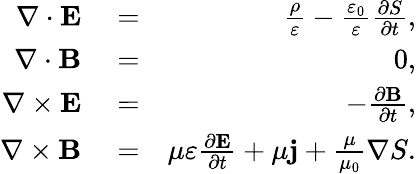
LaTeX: \begin{array}{rlr}{\nabla\cdot\mathbf{E}}&{{}=}&{\frac{\rho}{\varepsilon}-\frac{\varepsilon_{0}}{\varepsilon}\frac{\partial S}{\partial t},}\\ {\nabla\cdot\mathbf{B}}&{{}=}&{0,}\\ {\nabla\times\mathbf{E}}&{{}=}&{-\frac{\partial\mathbf{B}}{\partial t},}\\ {\nabla\times\mathbf{B}}&{{}=}&{\mu\varepsilon\frac{\partial\mathbf{E}}{\partial t}+\mu\mathbf{j}+\frac{\mu}{\mu_{0}}\nabla S.}\end{array}